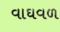
વાઘવળ